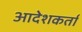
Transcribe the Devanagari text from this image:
आदेशकर्ता